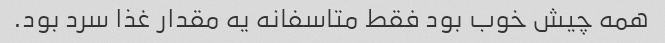
همه چیش خوب بود فقط متاسفانه یه مقدار غذا سرد بود.